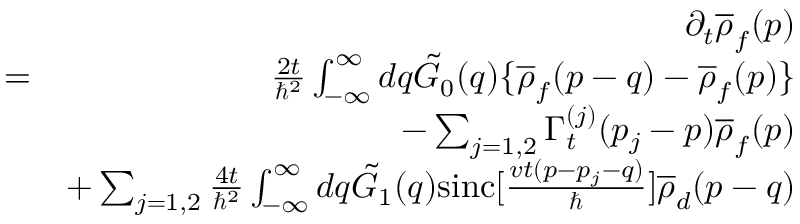
\begin{array} { r l r } & { } & { \partial _ { t } \overline { { \rho } } _ { f } ( p ) } \\ & { = } & { \frac { 2 t } { \hbar ^ { 2 } } \int _ { - \infty } ^ { \infty } d q \tilde { G } _ { 0 } ( q ) \{ \overline { { \rho } } _ { f } ( p - q ) - \overline { { \rho } } _ { f } ( p ) \} } \\ & { } & { - \sum _ { j = 1 , 2 } \Gamma _ { t } ^ { ( j ) } ( p _ { j } - p ) \overline { { \rho } } _ { f } ( p ) } \\ & { } & { + \sum _ { j = 1 , 2 } \frac { 4 t } { \hbar ^ { 2 } } \int _ { - \infty } ^ { \infty } d q \tilde { G } _ { 1 } ( q ) \mathrm { s i n c } [ \frac { v t ( p - p _ { j } - q ) } { \hbar } ] \overline { { \rho } } _ { d } ( p - q ) } \end{array}